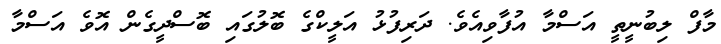
މާފް ލިބުނީތީ އަސްމާ އުފާވިއެވެ. ދަރިފުޅު އަލީކްގެ ބޮލުގައި ބޮސްދީގެން އޮވެ އަސްމާ